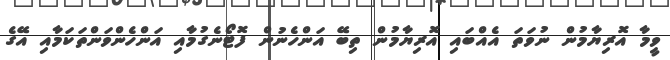
ވީމާ އޮރިޔާމުން ނުވަތަ އެއްބައި އޮރިޔާމުން ތިބޭ އަންހެނުން ފޮޓޯނެގުމާއި އަންހެންވަންތަކަމާއި އޭގެ